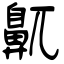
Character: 鼿